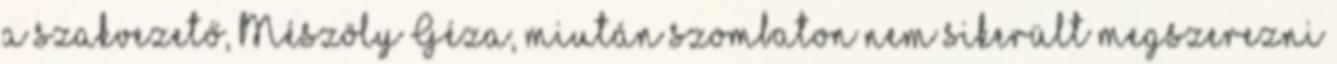
a szakvezető, Mészöly Géza, miután szombaton nem sikerült megszerezni